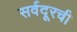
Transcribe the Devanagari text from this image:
सर्वदूरची